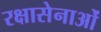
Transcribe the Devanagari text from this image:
रक्षासेनाओं